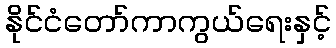
နိုင်ငံတော်ကာကွယ်ရေးနှင့်